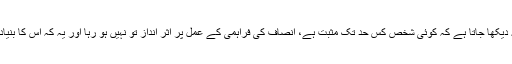
کسی بھی معاملے میں تحقیقات اور متعلقہ کارروائی کا جائزہ لیتے وقت یہ دیکھا جاتا ہے کہ کوئی شخص کس حد تک مثبت ہے، انصاف کی فراہمی کے عمل پر اثر انداز تو نہیں ہو رہا اور یہ کہ اُس کا بنیادی مقصد انصاف کے عمل کو اپنی مرضی کے مطابق مکمل کرنا تو نہیں۔